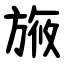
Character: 㫍